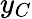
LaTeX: y_{C}